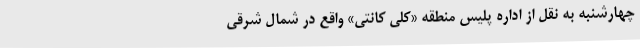
چهارشنبه به نقل از اداره پلیس منطقه «کلی کانتی» واقع در شمال شرقی